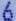
6